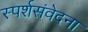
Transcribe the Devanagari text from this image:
स्पर्शसंवेदना